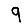
Digit: 9